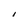
Character: I